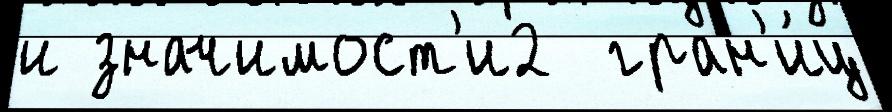
и значимост'и2  гран'и́ц